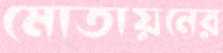
মোতায়নের